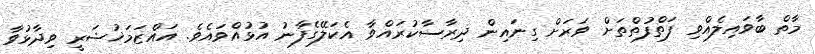
މާތް ބާވައިލެއްވި ފަތްފުތްތަށް ވަރަށް ގިނައިން ދިރާސާކުރައްވާ އެކަލޭގެފާނު އުޅުއްވައެވެ. އައްޒަމަޚުޝަރީ ވިދާޅުވާ